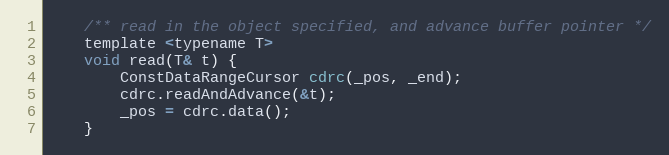
Language: C
    /** read in the object specified, and advance buffer pointer */
    template <typename T>
    void read(T& t) {
        ConstDataRangeCursor cdrc(_pos, _end);
        cdrc.readAndAdvance(&t);
        _pos = cdrc.data();
    }